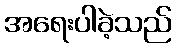
အရေးပါခဲ့သည်